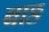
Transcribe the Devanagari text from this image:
बाङ